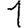
Digit: 1